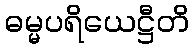
ဓမ္မပရိယေဋ္ဌီတိ